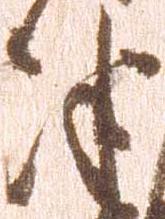
津